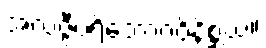
အလဇ္ဇီပရိဘောဂဝိနိစ္ဆယ။